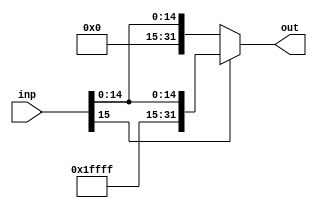
// Module Name: Sign Extend
// Project Name: Mips Processor

module sign_extend #(parameter n_bits = 32)
(
	input [15:0]inp,
	output [n_bits-1:0]out
);

assign out = inp[15]? {~16'b0,inp}:{16'b0,inp};
endmodule